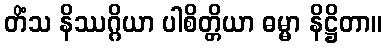
တိံသ နိဿဂ္ဂိယာ ပါစိတ္တိယာ ဓမ္မာ နိဋ္ဌိတာ။